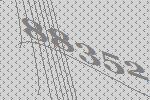
88352